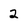
Character: 2